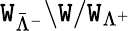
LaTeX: \mathtt{W}_{{\bar{{\Lambda}}}^{-}}\backslash\mathtt{W}/\mathtt{W}_{\Lambda^{+}}